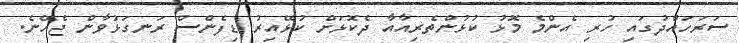
ސަރަހައްދުގައި ހުރި އެންމެ މޮޅު ކުޅުންތެރިއާއާ ދެކޮޅަށް ކުޅޭއިރު ޑިފެންސް ރަނގަޅުވާން ޖެހޭނެ.